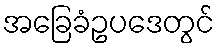
အခြေခံဥပဒေတွင်